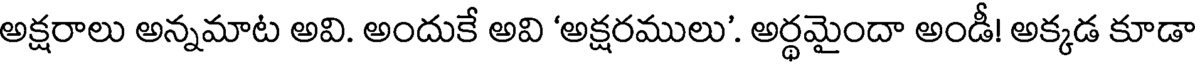
అక్షరాలు అన్నమాట అవి. అందుకే అవి 'అక్షరములు'. అర్థమైందా అండీ! అక్కడ కూడా